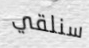
سنلقي